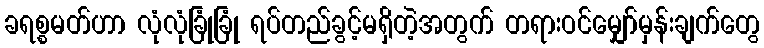
ခရစ္စမတ်ဟာ လုံလုံခြုံခြုံ ရပ်တည်ခွင့်မရှိတဲ့အတွက် တရားဝင်မျှော်မှန်းချက်တွေ